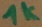
Text: 1K